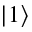
| 1 \rangle